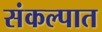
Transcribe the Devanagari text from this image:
संकल्पात